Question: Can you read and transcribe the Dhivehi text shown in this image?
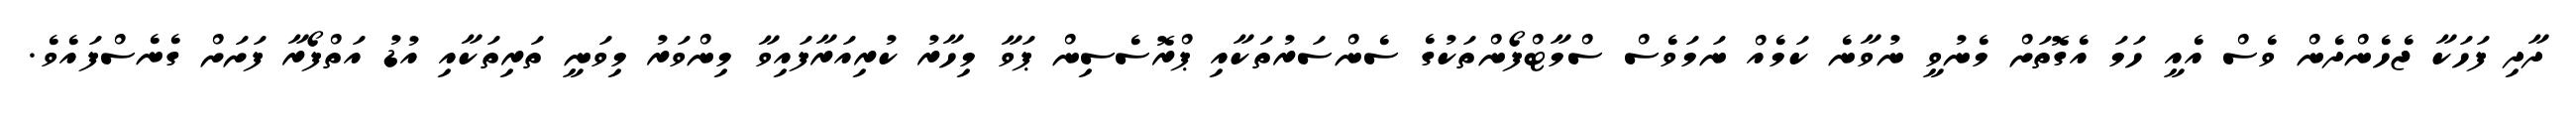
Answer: ދާދި ފަހަކާ ޖެހެންދެން ވެސް އެއީ ހަމަ އެގޮތަށް މެނުވީ ނުވާނެ ކަމެއް ނަމަވެސް ސްމާޓްފޯންތަކުގެ ސެންސަރުތަކާއި ޕްރޮސެސިން ޕަވާ މިހާރު ކުރިއަރާފައިވާ މިންވަރު މިވަނީ ތަރިތަކާއި އުޑު އަތްފޯރާ ފަށަށް ގެނެސްފައެވެ.